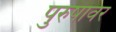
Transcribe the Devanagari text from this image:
पुरुषावर